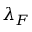
\lambda _ { F }